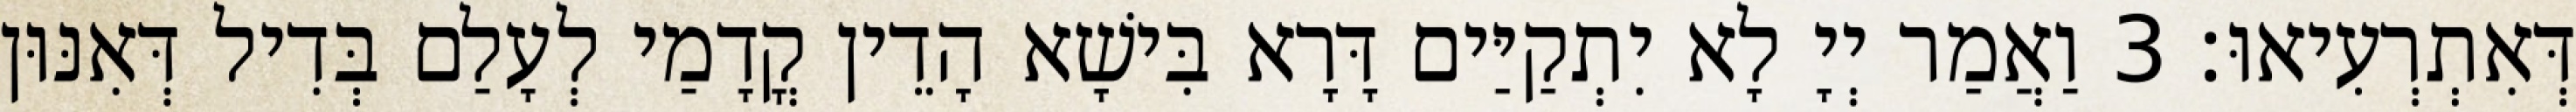
דְּאִתְרְעִיאוּ׃ 3 וַאֲמַר יְיָ לָא יִתְקַיַּים דָּרָא בִּישָׁא הָדֵין קֳדָמַי לְעָלַם בְּדִיל דְּאִנּוּן